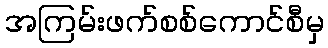
အကြမ်းဖက်စစ်ကောင်စီမှ